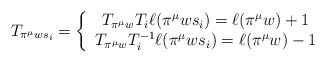
\begin{align*}{}T_{\pi^{\mu} w s_i} = \left\{\begin{array}{c l} T_{\pi^\mu w} T_i \ell(\pi^{\mu} w s_i) = \ell(\pi^{\mu} w) + 1 \\ T_{\pi^\mu w} T_i^{-1} \ell(\pi^{\mu} w s_i) = \ell(\pi^{\mu} w) - 1 \end{array}\right.\end{align*}